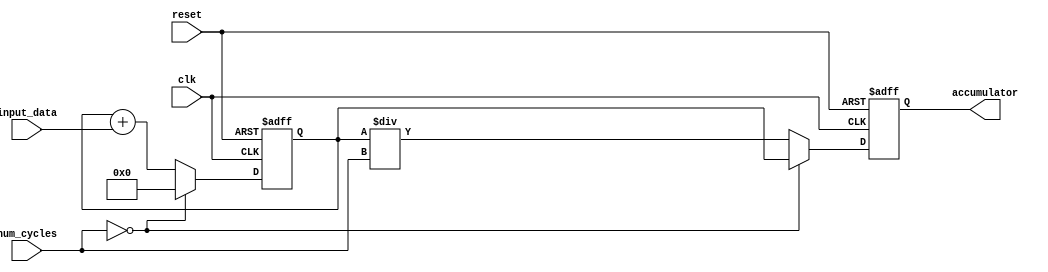
module moving_avg_accumulator (
    input clk,
    input reset,
    input [7:0] input_data,
    input [3:0] num_cycles,
    output reg [15:0] accumulator
);

reg [15:0] sum;

always @(posedge clk or posedge reset) begin
    if (reset) begin
        sum <= 0;
        accumulator <= 0;
    end else begin
        sum <= sum + input_data;
        if (num_cycles == 0) begin
            accumulator <= sum;
            sum <= 0;
        end else begin
            accumulator <= sum / num_cycles;
        end
    end
end

endmodule